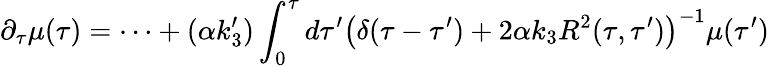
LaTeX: \partial_{\tau}\mu(\tau)=\dots+(\alpha k_{3}^{\prime})\int_{0}^{\tau}d\tau^{\prime}\left(\delta(\tau-\tau^{\prime})+2\alpha k_{3}R^{2}(\tau,\tau^{\prime})\right)^{-1}\mu(\tau^{\prime})